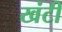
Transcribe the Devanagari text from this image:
खंटी